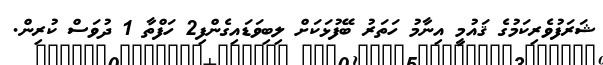
ޝަރަފުވެރިކަމުގެ ޤައުމީ އިނާމު ހަތަރު ބޭފުޅަކަށް ލިބިވަޑައިގެންފި2 ހަފްތާ 1 ދުވަސް ކުރިން.